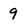
Character: 9